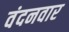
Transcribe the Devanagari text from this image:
वंदनवार